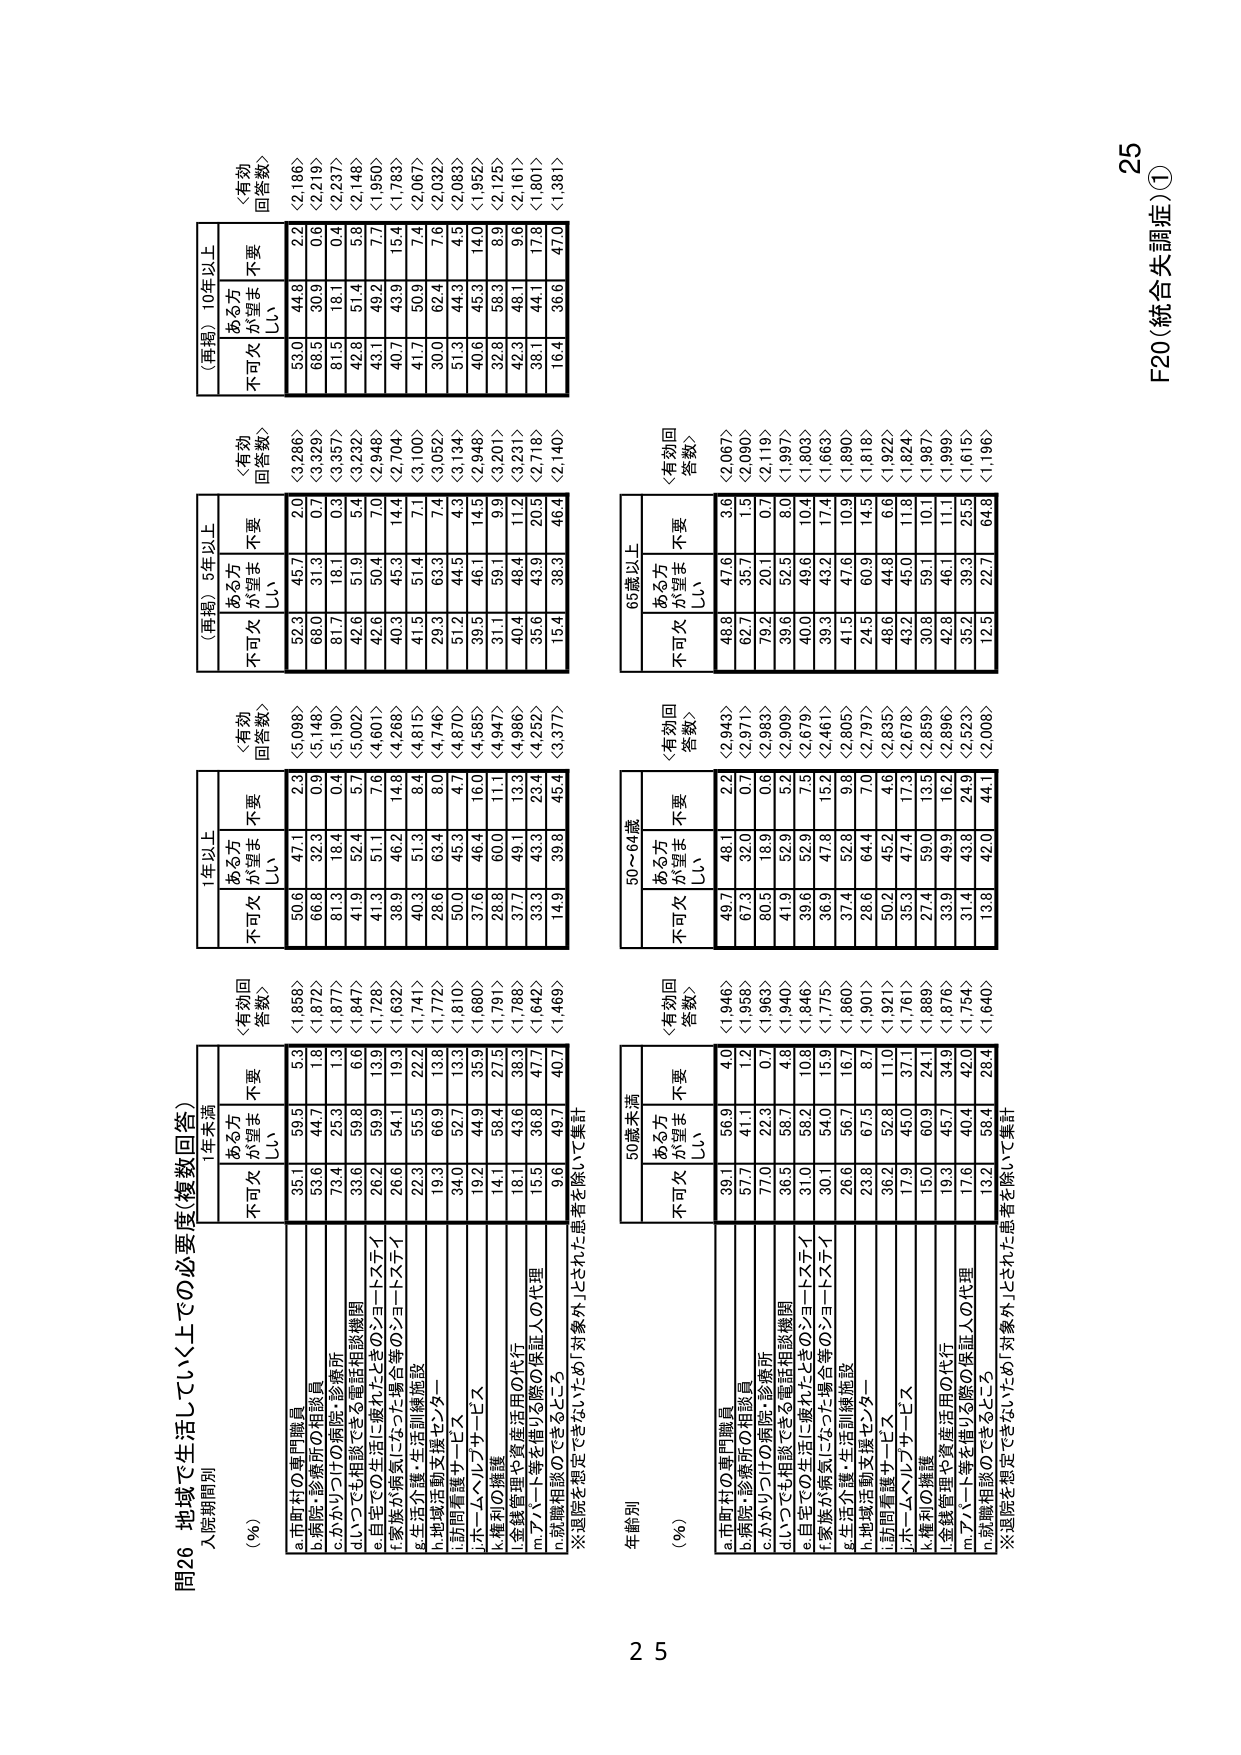
問26 地域で生活していく上での必要度（複数回答）
入院期間別
（％）
1年未満
（有効回答数）
1年以上
（有効回答数）
（再掲）5年以上
（有効回答数）
（再掲）10年以上
（有効回答数）
不可欠
ある方が望ましい
不要
不可欠
ある方が望ましい
不要
不可欠
ある方が望ましい
不要
不可欠
ある方が望ましい
不要
a.市町村の専門職員
35.1
59.5
5.3
<1,858>
50.6
47.1
2.3
<5,098>
52.3
45.7
2.0
<3,286>
53.0
44.8
2.2
<2,186>
b.病院・診療所の相談員
53.6
44.7
1.8
<1,872>
68.8
32.3
0.9
<5,148>
68.0
31.3
0.7
<3,329>
68.5
30.9
0.6
<2,219>
c.かかりつけの病院・診療所
73.4
25.3
1.3
<1,877>
81.3
18.4
0.4
<5,190>
81.7
18.1
0.3
<3,357>
81.5
18.1
0.4
<2,237>
d.いつでも相談できる電話相談機関
33.6
59.8
6.6
<1,847>
41.9
52.4
5.7
<5,002>
42.6
51.9
5.4
<3,232>
42.8
51.4
5.8
<2,148>
e.自宅での生活に優れたときのショートステイ
26.2
59.9
13.9
<1,728>
41.3
51.1
7.6
<4,601>
42.6
50.4
7.0
<2,948>
43.1
49.2
7.7
<1,950>
f.家族が病気になった場合等のショートステイ
26.6
54.1
19.3
<1,632>
38.9
46.2
14.8
<4,268>
40.3
45.3
14.4
<2,704>
40.7
43.9
15.4
<1,783>
g.生活介護・生活訓練施設
22.3
55.5
22.2
<1,741>
40.3
51.3
8.4
<4,815>
41.5
51.4
7.1
<3,100>
41.7
50.9
7.4
<2,067>
h.地域活動支援センター
19.3
66.9
13.8
<1,772>
28.6
63.4
8.0
<4,746>
29.3
63.3
7.4
<3,052>
30.0
62.4
7.6
<2,032>
i.訪問看護サービス
34.0
52.7
13.3
<1,810>
50.0
45.3
4.7
<4,870>
51.2
44.5
4.3
<3,134>
51.3
44.3
4.5
<2,083>
j.ホームヘルプサービス
19.2
44.9
35.9
<1,680>
31.6
46.4
16.0
<4,585>
39.5
46.1
14.5
<2,948>
40.6
45.3
14.0
<1,952>
k.権利の擁護
14.1
58.4
27.5
<1,791>
28.8
60.0
11.1
<4,947>
31.1
59.1
9.9
<3,201>
32.8
58.3
8.9
<2,125>
l.金銭管理や資産活用の代行
18.1
43.6
38.3
<1,788>
37.7
49.1
13.3
<4,986>
40.4
48.4
11.2
<3,231>
42.3
48.1
9.6
<2,161>
m.アバーラ等を借りる際の保証人の代理
15.5
36.8
47.7
<1,642>
33.3
43.3
23.4
<4,252>
35.6
43.9
20.5
<2,718>
38.1
44.1
17.8
<1,801>
n.就職相談のできるところ
9.6
49.7
40.7
<1,469>
14.9
39.8
45.4
<3,377>
15.4
36.3
46.4
<2,140>
16.4
36.6
47.0
<1,381>
※通院を想定できない「いつでも」対象外」とされた患者を除いて集計

年齢別
（％）
50歳未満
（有効回答数）
50～64歳
（有効回答数）
65歳以上
（有効回答数）
不可欠
ある方が望ましい
不要
不可欠
ある方が望ましい
不要
不可欠
ある方が望ましい
不要
a.市町村の専門職員
39.1
56.9
4.0
<1,946>
49.7
48.1
2.2
<2,943>
48.8
47.6
3.6
<2,067>
b.病院・診療所の相談員
57.7
41.1
1.2
<1,958>
67.3
32.0
0.7
<2,971>
62.7
35.7
1.5
<2,090>
c.かかりつけの病院・診療所
77.0
22.3
0.7
<1,963>
80.3
18.9
0.6
<2,983>
79.2
20.1
0.7
<2,119>
d.いつでも相談できる電話相談機関
36.5
58.7
4.8
<1,940>
41.9
52.9
5.2
<2,909>
39.6
52.5
8.0
<1,997>
e.自宅での生活に優れたときのショートステイ
31.0
58.2
10.8
<1,846>
39.6
52.9
7.5
<2,679>
40.0
49.6
10.4
<1,803>
f.家族が病気になった場合等のショートステイ
30.1
54.0
15.9
<1,775>
36.9
47.8
15.2
<2,461>
39.3
43.2
17.4
<1,663>
g.生活介護・生活訓練施設
26.6
56.7
16.7
<1,860>
37.4
52.8
9.8
<2,805>
41.5
47.6
10.9
<1,890>
h.地域活動支援センター
23.8
67.5
8.7
<1,901>
28.6
64.4
7.0
<2,797>
24.5
60.9
14.5
<1,818>
i.訪問看護サービス
36.2
52.8
11.0
<1,921>
50.2
45.2
4.6
<2,835>
48.6
44.8
6.6
<1,922>
j.ホームヘルプサービス
17.9
45.0
37.1
<1,761>
35.3
47.4
17.3
<2,678>
43.2
45.0
11.8
<1,824>
k.権利の擁護
15.0
60.9
24.1
<1,889>
27.4
59.0
13.5
<2,859>
30.8
59.1
10.1
<1,987>
l.金銭管理や資産活用の代行
19.3
45.7
34.9
<1,876>
33.9
49.9
16.2
<2,896>
42.8
46.1
11.1
<1,999>
m.アバーラ等を借りる際の保証人の代理
17.6
40.4
42.0
<1,754>
31.4
43.8
24.9
<2,523>
35.2
39.3
25.5
<1,615>
n.就職相談のできるところ
13.2
58.4
28.4
<1,640>
13.8
42.0
44.1
<2,008>
12.5
22.7
64.8
<1,196>
※通院を想定できない「いつでも」対象外」とされた患者を除いて集計

F20（統合失調症）①
25
25